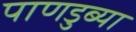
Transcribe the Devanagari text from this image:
पाणडुब्या